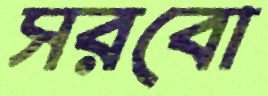
সরবো